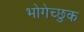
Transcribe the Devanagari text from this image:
भोगेच्छुक